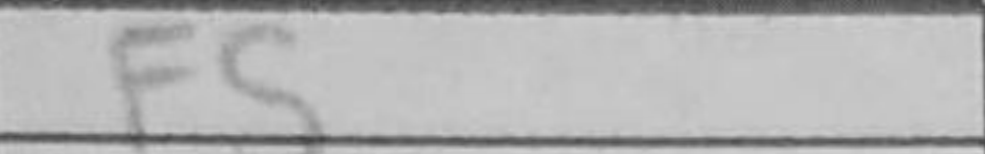
Transcription: f5